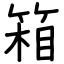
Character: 箱